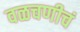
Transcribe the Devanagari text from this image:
वळचणीचं